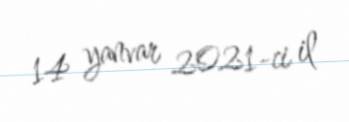
14 yanvar 2021-ci il